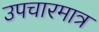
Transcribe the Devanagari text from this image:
उपचारमात्र